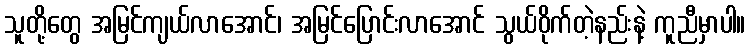
သူတို့တွေ အမြင်ကျယ်လာအောင်၊ အမြင်ပြောင်းလာအောင် သွယ်ဝိုက်တဲ့နည်းနဲ့ ကူညီမှာပါ။